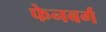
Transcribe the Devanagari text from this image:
फेनबर्ग